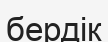
бердік